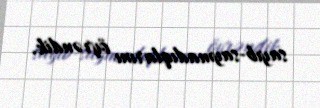
sayıb-saymadıqlarını öyrəndik.